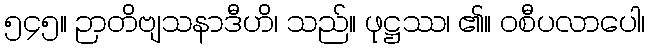
၅၄၅။ ဉာတိဗျသနာဒီဟိ၊ သည်။ ဖုဋ္ဌဿ၊ ၏။ ဝစီပလာပေါ၊